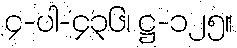
၄-ပါ-၄၃၆၊ ဋ္ဌ-၁၂၅။